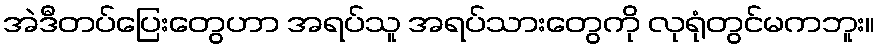
အဲဒီတပ်ပြေးတွေဟာ အရပ်သူ အရပ်သားတွေကို လုရုံတွင်မကဘူး။